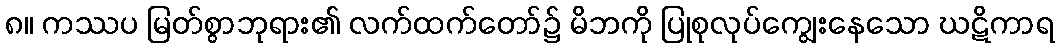
၈။ ကဿပ မြတ်စွာဘုရား၏ လက်ထက်တော်၌ မိဘကို ပြုစုလုပ်ကျွေးနေသော ဃဋိကာရ